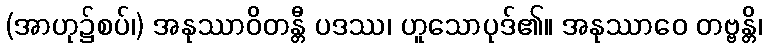
(အာဟု၌စပ်၊) အနုဿာဝိတန္တီ ပဒဿ၊ ဟူသောပုဒ်၏။ အနုဿာဝေ တဗ္ဗန္တိ၊